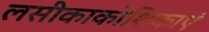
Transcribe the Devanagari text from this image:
लसीकाकोशिकाएं